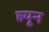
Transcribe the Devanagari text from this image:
ह्यून